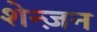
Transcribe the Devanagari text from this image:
शेन्ज़न